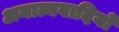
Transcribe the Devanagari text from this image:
अनात्मवादियों